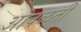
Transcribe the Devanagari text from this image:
आवळती